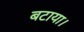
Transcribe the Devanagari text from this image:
बटाया।